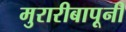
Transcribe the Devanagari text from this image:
मुरारीबापूनी